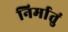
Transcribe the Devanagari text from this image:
निर्मातुं